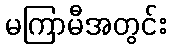
မကြာမီအတွင်း